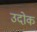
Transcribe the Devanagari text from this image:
उदोक